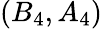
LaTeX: (B_{4},A_{4})